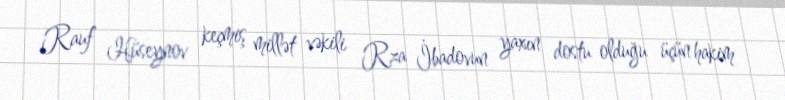
Rauf Hüseynov keçmiş millət vəkili Rza İbadovun yaxın dostu olduğu üçün hakim